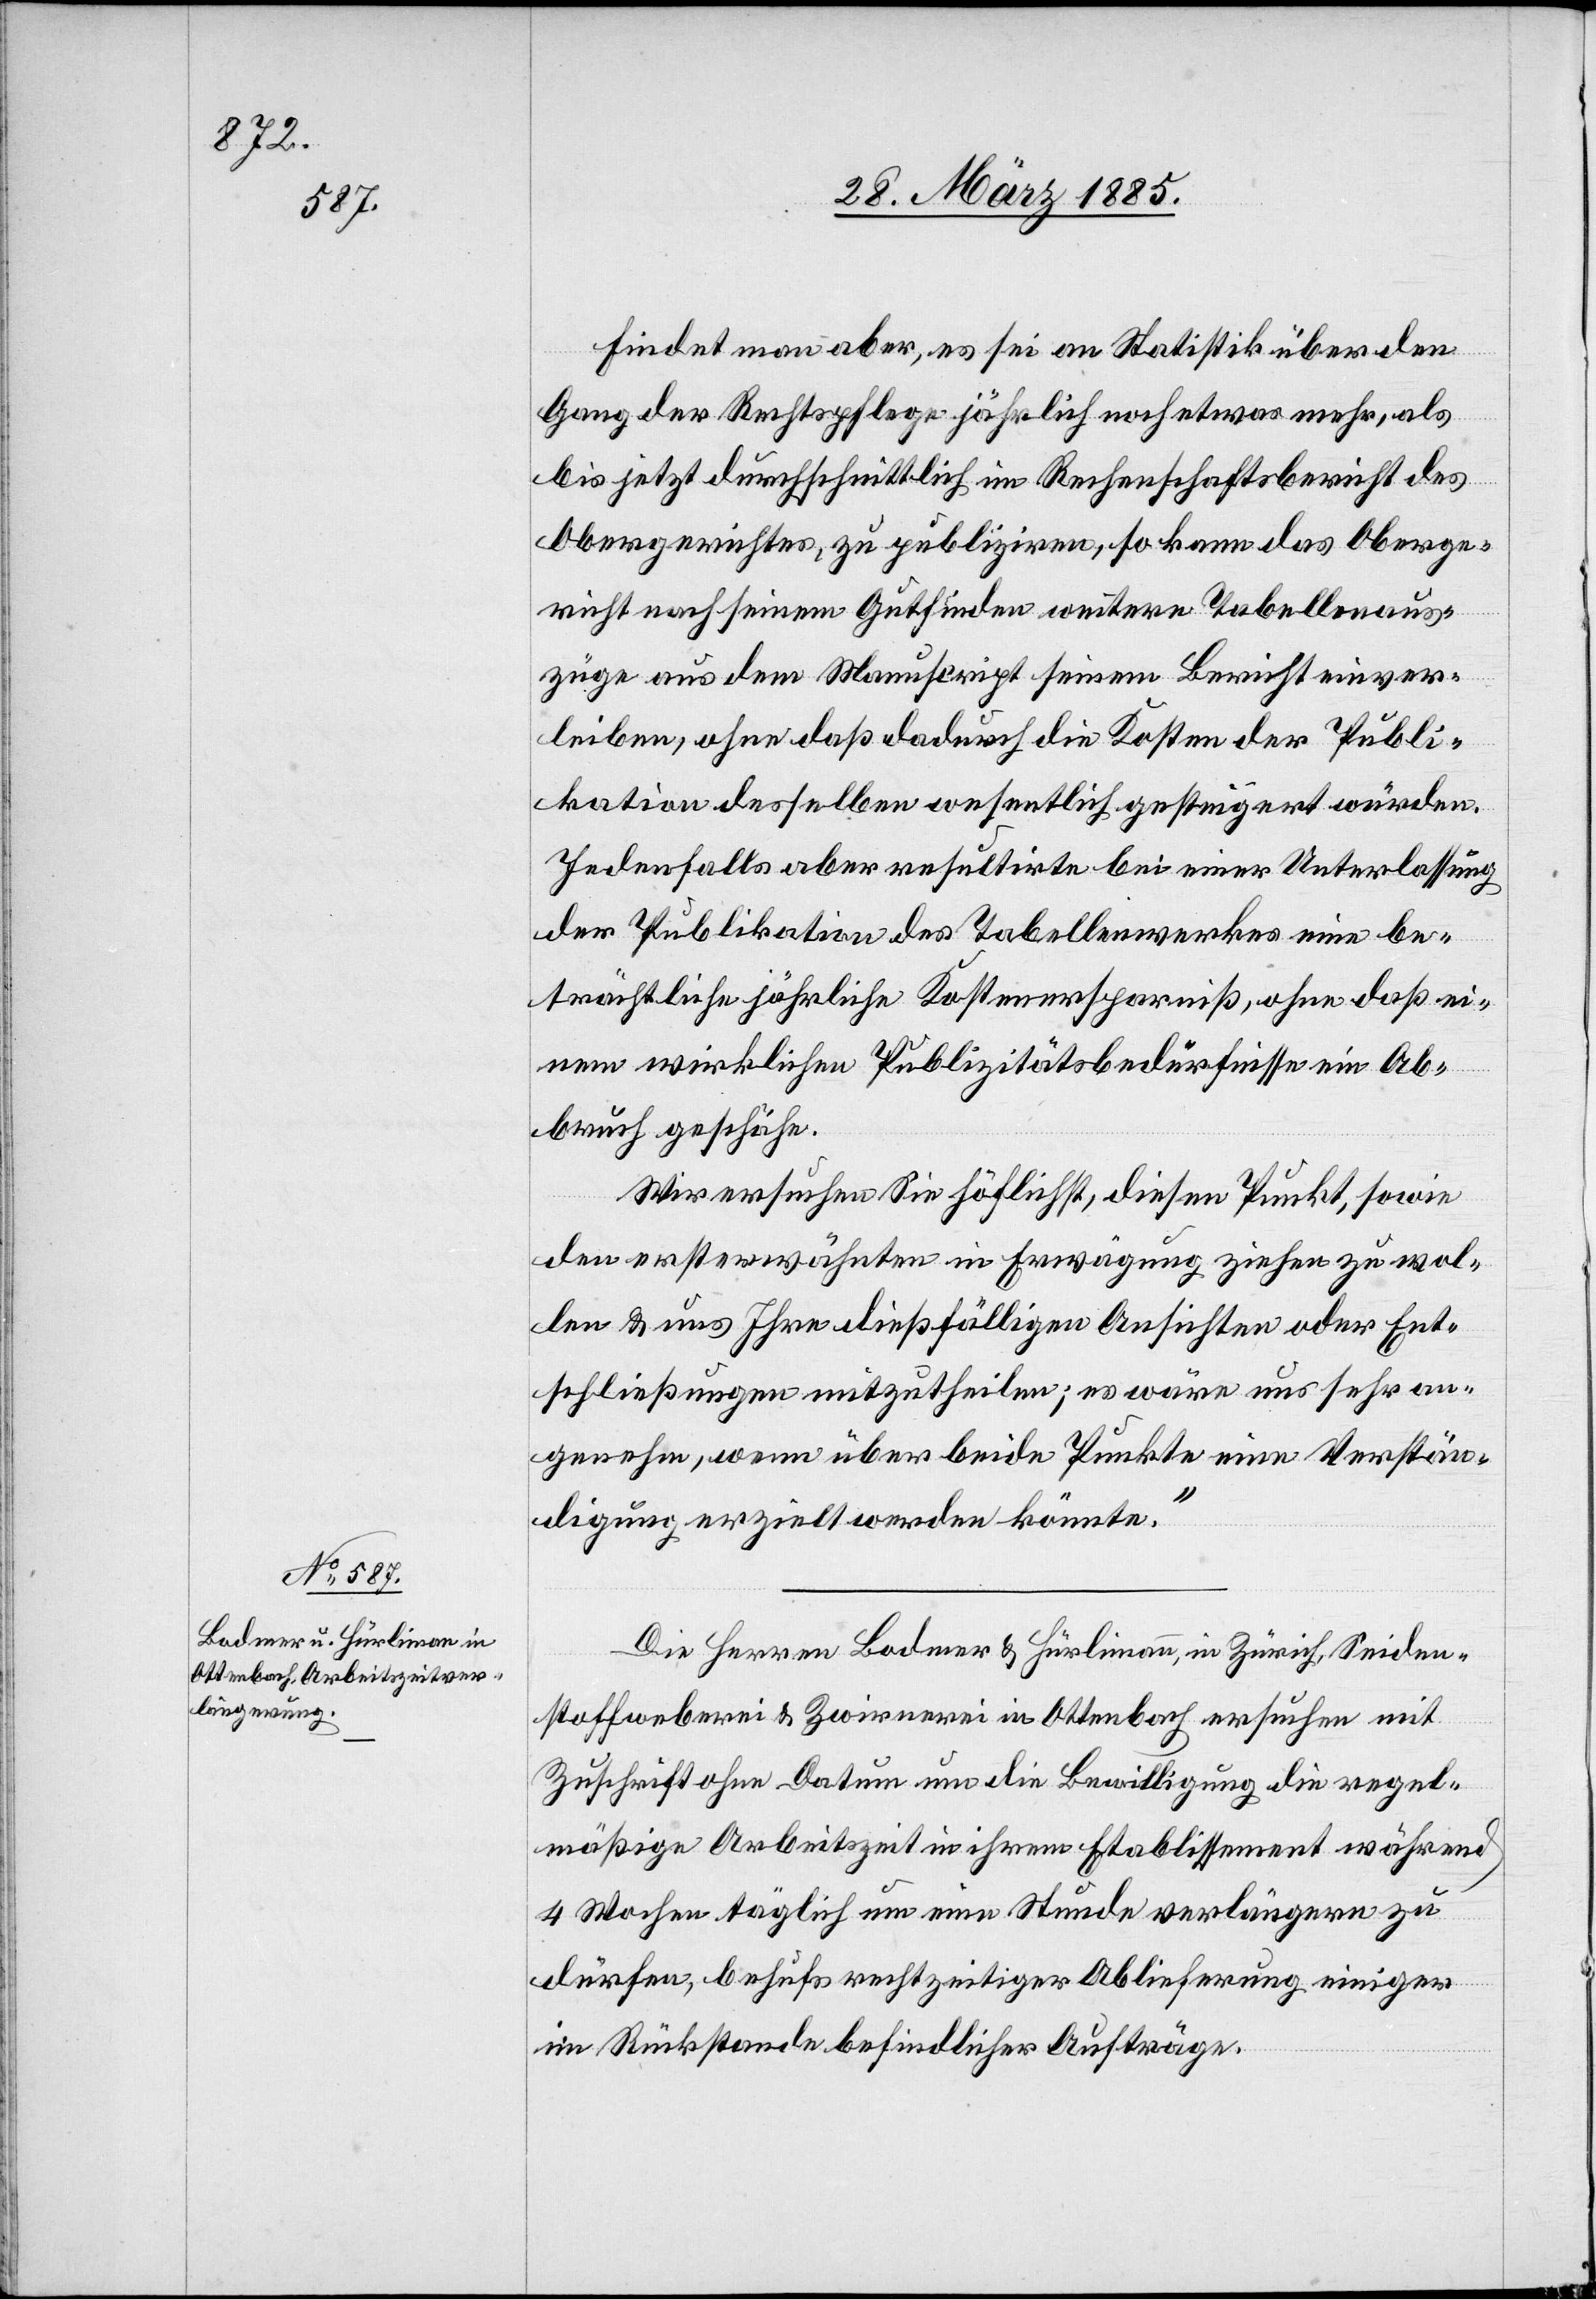
Findet man aber, es sei an Statistik über den
Gang der Rechtspflege jährlich noch etwas mehr, als
ersparniß,
bis jetzt durchschnittlich im Rechenschaftsbericht des
Obergerichtes, zu publiziren, so kann das Oberge¬
ei¬
richt nach seinem Gutfinden weitere Tabellenaus¬
züge aus dem Manuscript seinem Bericht einver¬
leiben, ohne daß dadurch die Kosten der Publi¬
kation desselben wesentlich gesteigert würden.
Jedenfalls aber resultirte bei einer Unterlassung
der Publikation des Tabellenwerkes eine be¬
nem wirklichen Publizitätsbedürfnisse ein Ab¬
bruch geschähe.
Wir ersuchen Sie höflichst, diesen Punkt, sowie
den erwähnten in Erwägung ziehen zu wol¬
len & uns Ihre dießfälligen Ansichten der Ent¬
schließungen mitzutheilen; es wäre uns sehr an¬
genehm, wenn über beide Punkte eine Verstän¬
digung erzielt werden könnte.“
Die Herren Bodmer & Hürlimann, in Zürich, Seiden¬
ohne daß
stoffweberei & Zwirnerei in Ottenbach ersuchen mit
Zuschrift ohne Datum um die Bewilligung die regel¬
mäßige Arbeitszeit in ihrem Etablissement während
4 Wochen täglich um eine Stunde verlängern zu
dürfen, behufs rechtzeitiger Ablieferung einiger
im Rückstande befindlicher Aufträge.